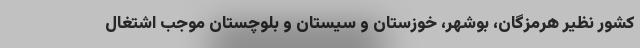
کشور نظیر هرمزگان، بوشهر، خوزستان و سیستان و بلوچستان موجب اشتغال